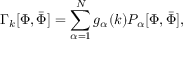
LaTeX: \Gamma _ { k } [ \Phi , { \bar { \Phi } } ] = \sum _ { \alpha = 1 } ^ { N } g _ { \alpha } ( k ) P _ { \alpha } [ \Phi , { \bar { \Phi } } ] ,